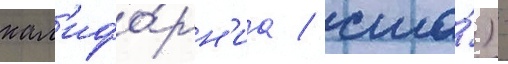
кал'ифо́рн'иа / сша́) -